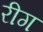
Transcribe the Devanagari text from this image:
रीग